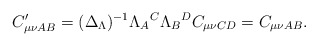
\begin{align*}C_{\mu \nu AB}^{\prime }{}=(\Delta _{{\small \Lambda }})^{-1}\Lambda_{A}{}^{C}\Lambda _{B}{}^{D}C_{\mu \nu CD}=C_{\mu \nu AB}. \end{align*}